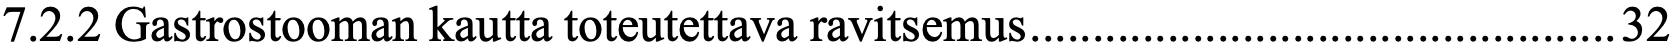
7.2.2 Gastrostooman kautta toteutettava ravitsemus ............................................... 32